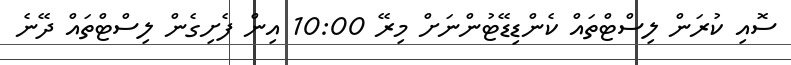
ސޮއި ކުރަން ލިސްޓްތައް ކެންޑިޑޭޓުންނަށް މިރޭ 10:00 އިން ފެށިގެން ލިސްޓްތައް ދޭނެ